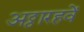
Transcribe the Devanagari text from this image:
अठ्ठारहवें